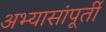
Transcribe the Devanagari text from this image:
अभ्यासांपूर्ती